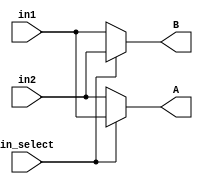
// -------------------------------------------------------------
// 
// 
// Generated by MATLAB 8.2 and HDL Coder 3.3
// 
// -------------------------------------------------------------


// -------------------------------------------------------------
// 
// Module: Select_AB
// Source Path: controllerPeripheralHdlAdi/Encoder_Peripheral_Hardware_Specification/Select AB
// Hierarchy Level: 2
// 
// -------------------------------------------------------------

`timescale 1 ns / 1 ns

module Select_AB
          (
           in_select,
           in1,
           in2,
           A,
           B
          );


  input   in_select;
  input   in1;
  input   in2;
  output  A;
  output  B;


  wire Switch_out1;
  wire Switch1_out1;


  // <S8>/Switch
  assign Switch_out1 = (in_select == 1'b0 ? in2 :
              in1);



  assign A = Switch_out1;

  // <S8>/Switch1
  assign Switch1_out1 = (in_select == 1'b0 ? in1 :
              in2);



  assign B = Switch1_out1;

endmodule  // Select_AB